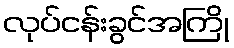
လုပ်ငန်းခွင်အကြို